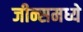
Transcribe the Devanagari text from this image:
जीन्समध्ये